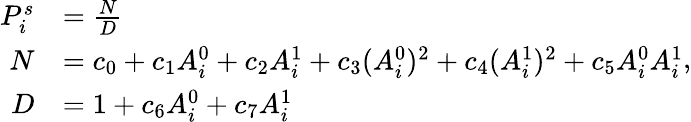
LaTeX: \begin{array}{rl}{P_{i}^{s}}&{=\frac{N}{D}}\\ {N}&{=c_{0}+c_{1}A_{i}^{0}+c_{2}A_{i}^{1}+c_{3}(A_{i}^{0})^{2}+c_{4}(A_{i}^{1})^{2}+c_{5}A_{i}^{0}A_{i}^{1}}\\ {D}&{=1+c_{6}A_{i}^{0}+c_{7}A_{i}^{1}}\end{array},